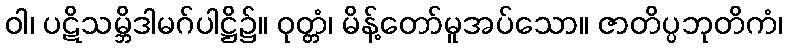
ဝါ၊ ပဋိသမ္ဘိဒါမဂ်ပါဋ္ဌိ၌။ ဝုတ္တံ၊ မိန့်တော်မူအပ်သော။ ဇာတိပ္ပဘုတိကံ၊